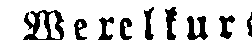
Wexelkurs.